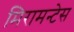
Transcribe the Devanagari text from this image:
मिरामन्टेस